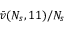
\bar { v } ( N _ { s } , 1 1 ) / N _ { s }